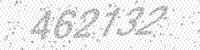
Solution: 462132